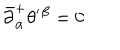
\bar { \partial } _ { \dot { \alpha } } ^ { + } \theta ^ { \prime } { } ^ { \beta } = 0